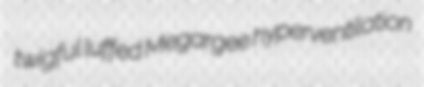
twigful luffed Megargee hyperventilation